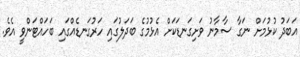
އަބަދު ކުޅުމަށް ނަގާ ސާމާނު ވަށިގަނޑަކަށް އެޅުމުގެ ބަދަލުގައި ހަރުގަނޑެއްގައި ބަހައްޓަންވީ އެވެ.